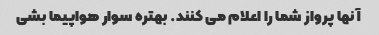
آنها پرواز شما را اعلام می کنند. بهتره سوار هواپیما بشی